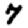
Digit: 7